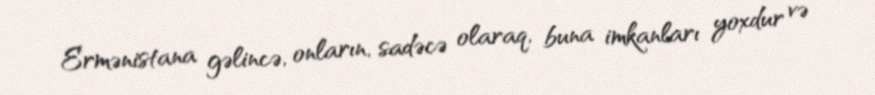
Ermənistana gəlincə, onların, sadəcə olaraq, buna imkanları yoxdur və